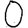
Digit: 0